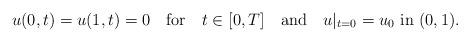
LaTeX: \begin{align*} u(0,t)=u(1,t)=0 \mbox{ \ \ for \ \ } t \in [0,T] \mbox{ \ \ and \ \ }u|_{t=0}=u_0 \mbox{ in } (0,1).\end{align*}